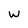
Character: W